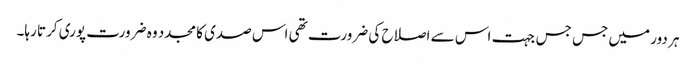
ہر دور میں جس جس جہت اس سے اصلاح کی ضرورت تھی اس صدی کا مجدد وہ ضرورت پوری کرتا رہا۔